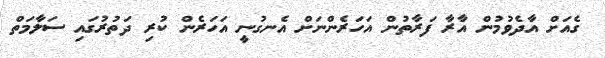
ގެއަށް އާދެވުމުން އާރާ ފަރާތުން އަހަރެންނަށް އެނގުނީ އަހަރެން ކުރި ދަތުރުގައި ސަލާމަތް